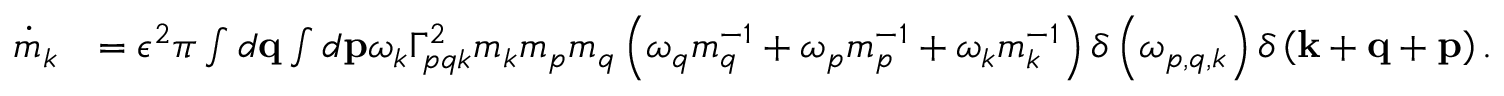
\begin{array} { r l } { \dot { m } _ { k } } & { = \epsilon ^ { 2 } \pi \int d \mathbf { q } \int d \mathbf { p } \omega _ { k } \Gamma _ { p q k } ^ { 2 } m _ { k } m _ { p } m _ { q } \left( \omega _ { q } m _ { q } ^ { - 1 } + \omega _ { p } m _ { p } ^ { - 1 } + \omega _ { k } m _ { k } ^ { - 1 } \right) \delta \left( \omega _ { p , q , k } \right) \delta \left( \mathbf { k } + \mathbf { q } + \mathbf { p } \right) . } \end{array}